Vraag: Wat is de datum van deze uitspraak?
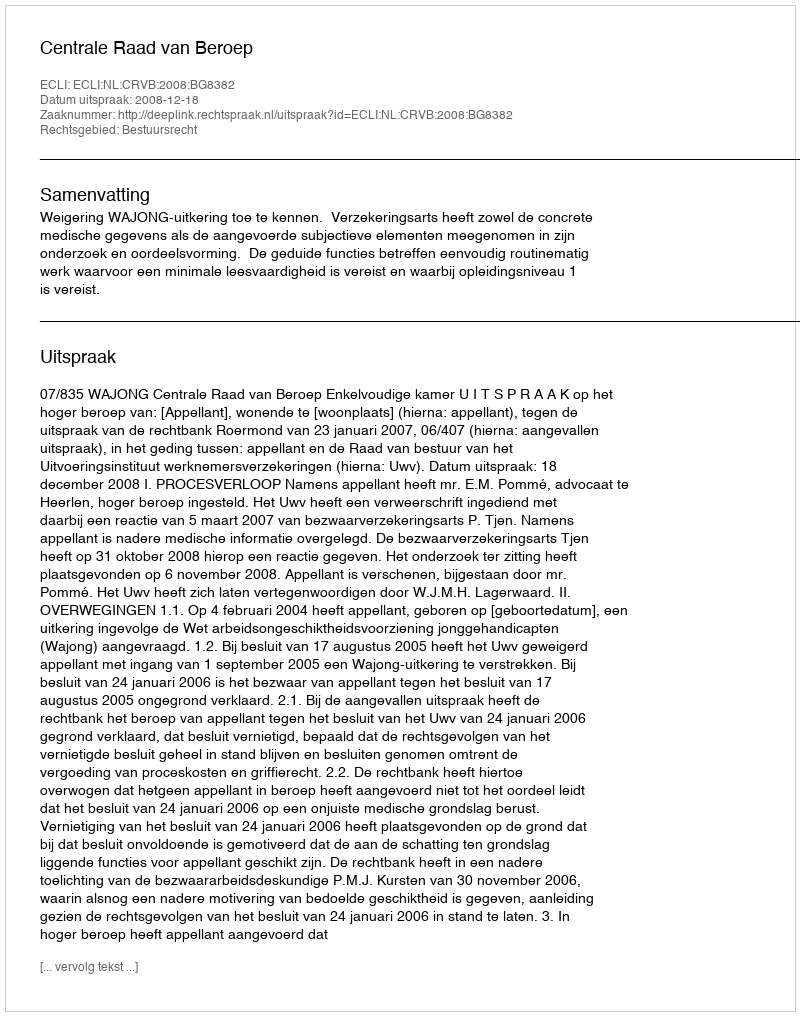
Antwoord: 2008-12-18